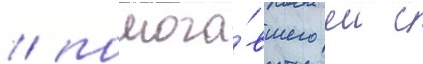
/ помога́вшего еи с